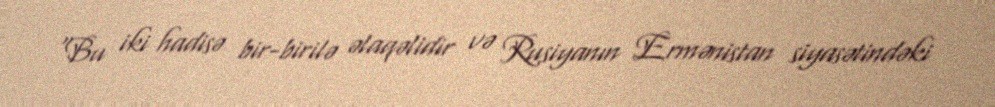
“Bu iki hadisə bir-birilə əlaqəlidir və Rusiyanın Ermənistan siyasətindəki